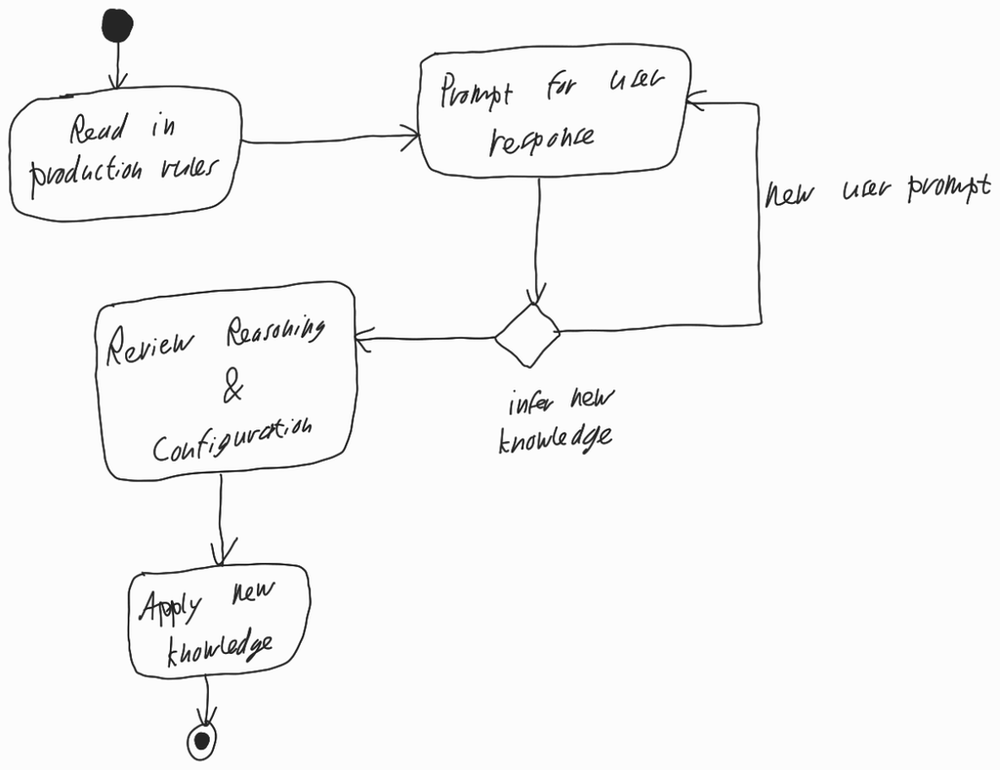
Diagram type: activity_diagram
```plantuml
@startuml

start

:Read in production rules;

repeat:Prompt for user response;
repeat while (infer new knowledge) is (new user prompt)

:Review Reasoning & Configuration;

:Apply new knowledge;

stop

@enduml
```